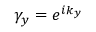
\gamma _ { y } = e ^ { i k _ { y } }